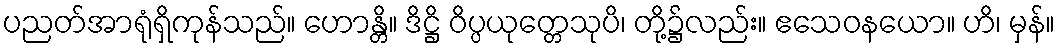
ပညတ်အာရုံရှိကုန်သည်။ ဟောန္တိ။ ဒိဋ္ဌိ ဝိပ္ပယုတ္တေသုပိ၊ တို့၌လည်း။ ဧသေဝနယော။ ဟိ၊ မှန်။